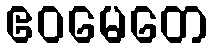
ဧဝမေတေ